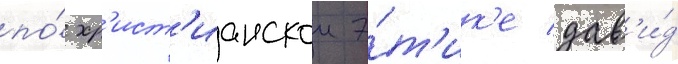
по́ хр'ист'ианскои э́т'ик'е дав'и́д